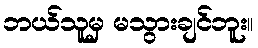
ဘယ်သူမှ မသွားချင်ဘူး။